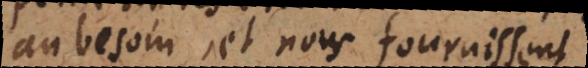
au besoin, et nous fournissent